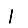
Digit: 1